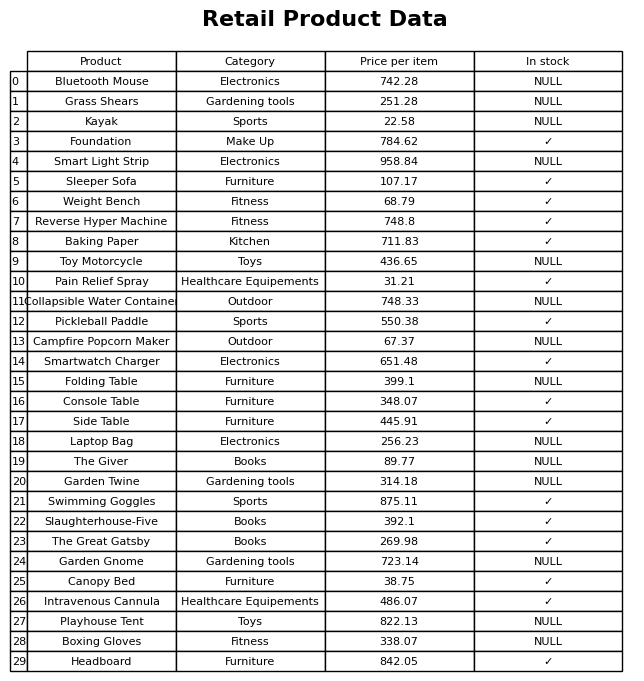
question: What category does the Garden Gnome belong to?
answer: Gardening tools